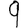
Digit: 9